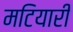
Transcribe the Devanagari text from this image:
मटियारी